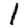
Digit: 1